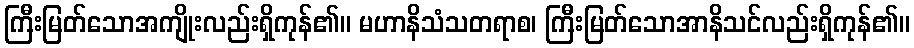
ကြီးမြတ်သောအကျိုးလည်းရှိကုန်၏။ မဟာနိသံသတရာစ၊ ကြီးမြတ်သောအာနိသင်လည်းရှိကုန်၏။